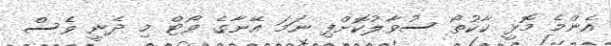
އެންމެ މޮޅީ ކާކުތޯ ސުވާލުކޮށްފި ނަމަ އޭނާގެ ވޯޓް މި ދެނީ ވެސް